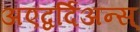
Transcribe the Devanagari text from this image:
अएद्वर्दिअन्स्